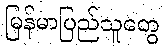
မြန်မာပြည်သူတွေ